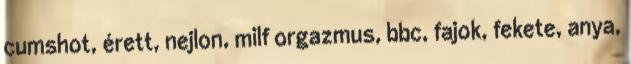
cumshot, érett, nejlon, milf orgazmus, bbc, fajok, fekete, anya,